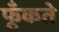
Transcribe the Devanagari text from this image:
फूँकते